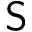
\mathsf { S }